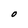
Character: O